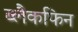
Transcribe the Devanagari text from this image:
ब्लैकफिन